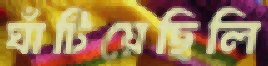
ঘাঁটিয়েছিলি